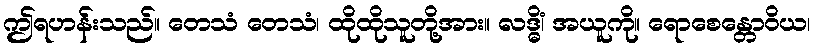
ဤရဟန်းသည်။ တေသံ တေသံ၊ ထိုထိုသူတို့အား။ လဒ္ဓိံ၊ အယူကို။ ရောစေန္တောဝိယ၊